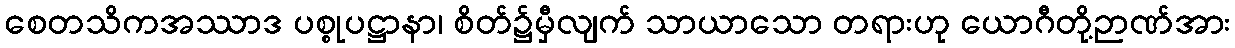
စေတသိကအဿာဒ ပစ္စုပဋ္ဌာနာ၊ စိတ်၌မှီလျက် သာယာသော တရားဟု ယောဂီတို့ဉာဏ်အား